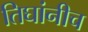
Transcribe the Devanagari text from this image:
तिघांनीच